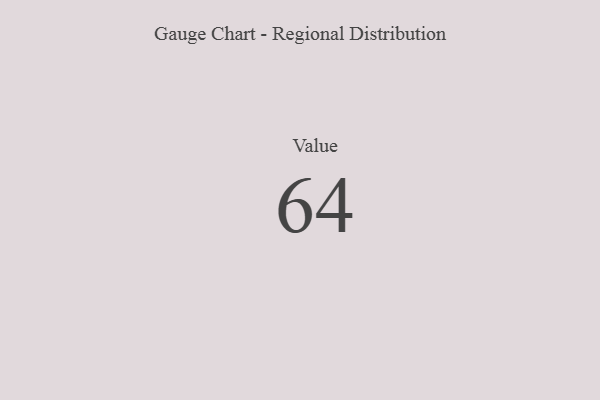
{"axis": {"x": "Metric", "y": "Value"}, "legend": [""], "data": [{"x": "Value", "y": 64, "type": ""}]}